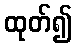
ထုတ်၍